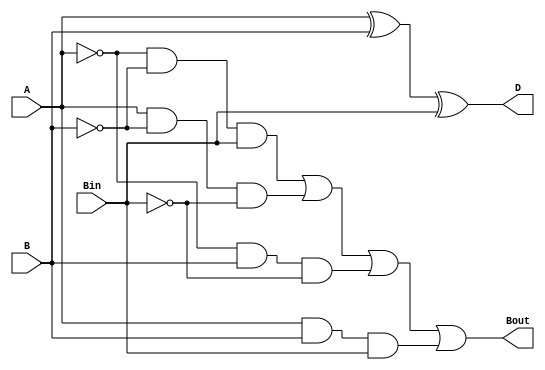
`timescale 1ns / 1ps
module FullSubtractor(input A, input B, input Bin, output D, output Bout);
	 
wire w1,w2,w3,w4;

xor(w1,A,B);
xor(D,w1,Bin);

and(w2,~A,~B,Bin);
and(w3,A,~B,~Bin);
and(w4,~A,B,~Bin);
and(w5,A,B,Bin);

or(Bout,w2,w3,w4,w5);

endmodule